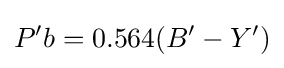
P'b=0.564(B'-Y')